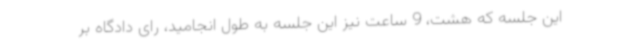
این جلسه که هشت، 9 ساعت نیز این جلسه به طول انجامید، رای دادگاه بر